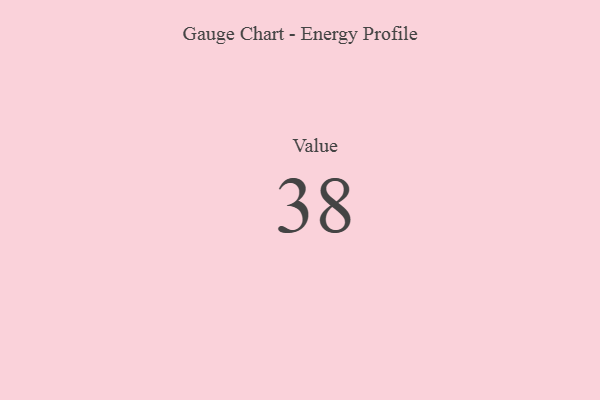
{"axis": {"x": "Metric", "y": "Value"}, "legend": [""], "data": [{"x": "Value", "y": 38, "type": ""}]}